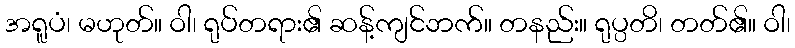
အရူပံ၊ မဟုတ်။ ဝါ၊ ရုပ်တရား၏ ဆန့်ကျင်ဘက်။ တနည်း။ ရုပ္ပတိ၊ တတ်၏။ ဝါ၊